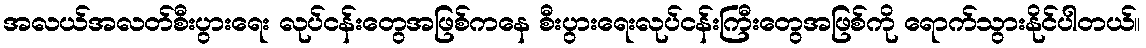
အလယ်အလတ်စီးပွားရေး လုပ်ငန်းတွေအဖြစ်ကနေ စီးပွားရေးလုပ်ငန်းကြီးတွေအဖြစ်ကို ရောက်သွားနိုင်ပါတယ်။